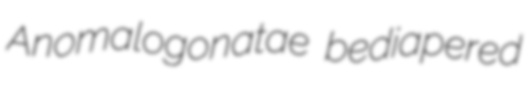
Anomalogonatae bediapered